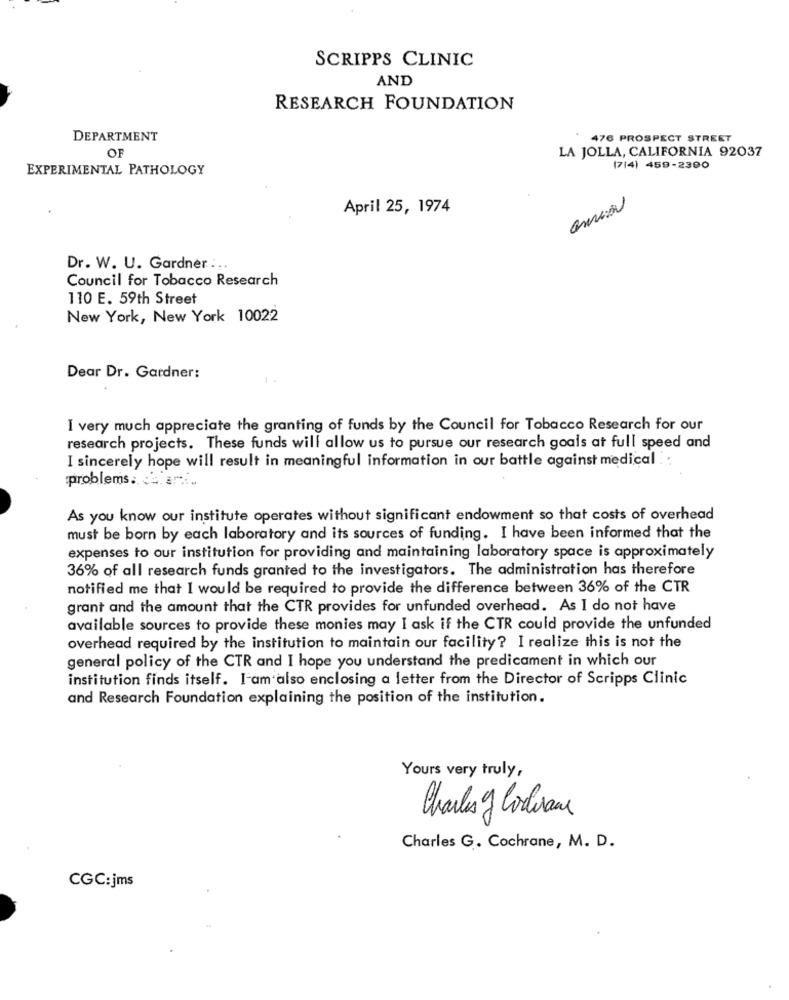
SCRIPPS CLINIC
AND
RESEARCH FOUNDATION
DEPARTMENT
476 PROSPECT STREET
OF
LA JOLLA, CALIFORNIA 92037
EXPERIMENTAL PATHOLOGY
(7/4) 459-2390
April 25, 1974
Dr. W. U. Gardner ...
Council for Tobacco Research
110 E. 59th Street
New York, New York 10022
Dear Dr. Gardner:
1
I very much appreciate the granting of funds by the Council for Tobacco Research for our
research projects. These funds will allow us to pursue our research goals at full speed and
I sincerely hope will result in meaningful information in our battle against medical
problems. ...
As you know our institute operates without significant endowment so that costs of overhead
must be born by each laboratory and its sources of funding. I have been informed that the
expenses to our institution for providing and maintaining laboratory space is approximately
36% of all research funds granted to the investigators. The administration has therefore
notified me that I would be required to provide the difference between 36% of the CTR
grant and the amount that the CTR provides for unfunded overhead. As I do not have
available sources to provide these monies may I ask if the CTR could provide the unfunded
overhead required by the institution to maintain our facility? I realize this is not the
general policy of the CTR and I hope you understand the predicament in which our
institution finds itself. I am also enclosing a letter from the Director of Scripps Clinic
and Research Foundation explaining the position of the institution.
Yours very truly,
Charles y Cordiaus
Charles G. Cochrane, M. D.
CGC:jms